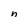
Character: n